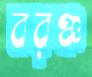
বরঞ্চ